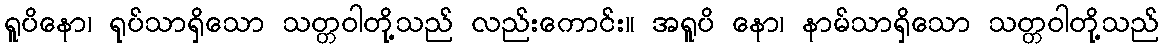
ရူပိနော၊ ရုပ်သာရှိသော သတ္တဝါတို့သည် လည်းကောင်း။ အရူပိ နော၊ နာမ်သာရှိသော သတ္တဝါတို့သည်